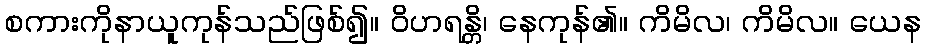
စကားကိုနာယူကုန်သည်ဖြစ်၍။ ဝိဟရန္တိ၊ နေကုန်၏။ ကိမိလ၊ ကိမိလ။ ယေန